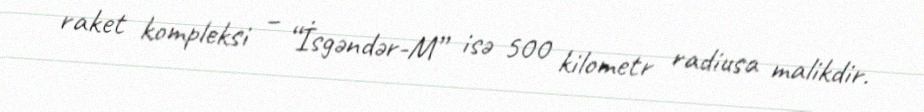
raket kompleksi – “İsgəndər-M” isə 500 kilometr radiusa malikdir.